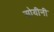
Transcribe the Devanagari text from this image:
सोयीनी